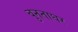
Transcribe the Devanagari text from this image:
बुनताघर